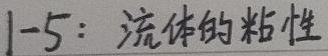
1-5：流体的粘性